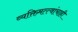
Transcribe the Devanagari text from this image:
व्यक्तिमत्त्वांचाही